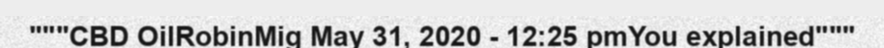
"""CBD OilRobinMig May 31, 2020 - 12:25 pmYou explained"""